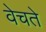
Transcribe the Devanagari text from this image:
वेचते